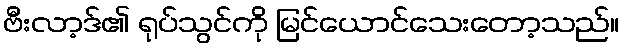
ဗီးလာ့ဒ်၏ ရုပ်သွင်ကို မြင်ယောင်သေးတော့သည်။